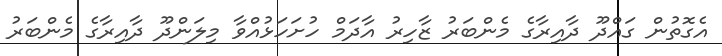
އެގޮތުން ގައްދޫ ދާއިރާގެ މެންބަރު ޒާހިރު އާދަމް ހުށަހަޅުއްވާ މިލަންދޫ ދާއިރާގެ މެންބަރު